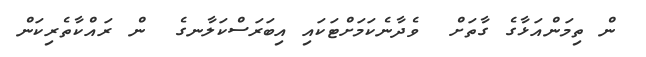
ން ތިމަންއަޅާގެ ގާތަށް  ވެދާނެކަމަށްޓަކައި އިބަރަސްކަލާނގެ  ން ރައްކާތެރިކަން